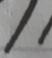
Signature authenticity: forged